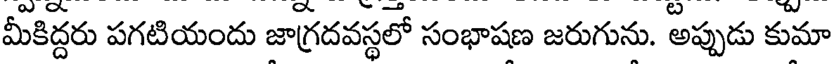
మీకిద్దరు పగటియందు జాగ్రదవస్థలో సంభాషణ జరుగును. అప్పుడు కుమా